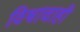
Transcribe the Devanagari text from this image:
विश्वाचाही